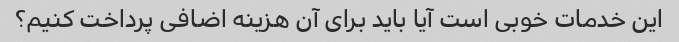
این خدمات خوبی است آیا باید برای آن هزینه اضافی پرداخت کنیم؟